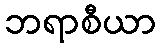
ဘရာစီယာ